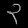
Digit: ၃